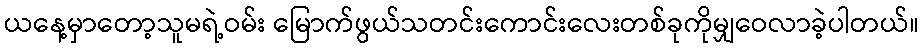
ယနေ့မှာတော့သူမရဲ့ဝမ်း မြောက်ဖွယ်သတင်းကောင်းလေးတစ်ခုကိုမျှဝေလာခဲ့ပါတယ်။